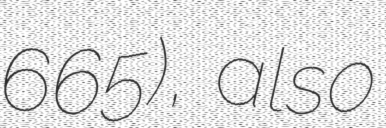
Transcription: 665), also